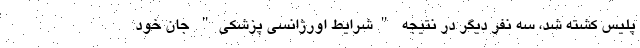
پلیس کشته شد، سه نفر دیگر در نتیجه "شرایط اورژانسی پزشکی" جان خود